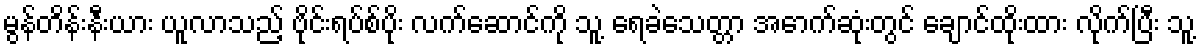
မွန်တိန်းနီးယား ယူလာသည့် ဗိုင်းရပ်စ်ပိုး လက်ဆောင်ကို သူ့ ရေခဲသေတ္တာ အောက်ဆုံးတွင် ချောင်ထိုးထား လိုက်ပြီး သူ့